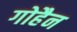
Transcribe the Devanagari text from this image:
गोहैन